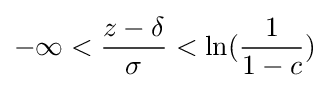
-\infty <{\frac {z-\delta }{\sigma }}<\ln({\frac {1}{1-c}})